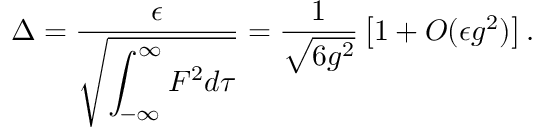
\Delta = \frac { \epsilon } { \sqrt { \displaystyle \int _ { - \infty } ^ { \infty } F ^ { 2 } d \tau } } = \frac { 1 } { \sqrt { 6 g ^ { 2 } } } \left[ 1 + O ( \epsilon g ^ { 2 } ) \right] .